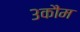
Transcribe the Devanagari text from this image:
३कौम